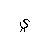
Letter: _ya